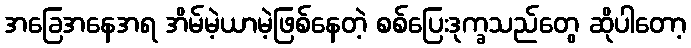
အခြေအနေအရ အိမ်မဲ့ယာမဲ့ဖြစ်နေတဲ့ စစ်ပြေးဒုက္ခသည်တွေ ဆိုပါတော့